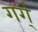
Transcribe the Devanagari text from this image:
गर्ग्